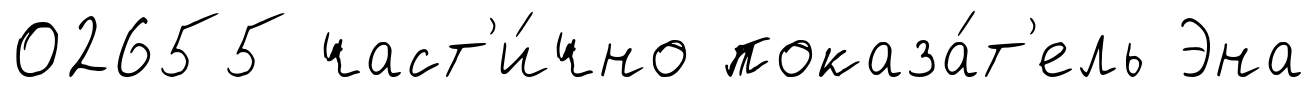
02655 част'и́чно показа́т'ель Эна